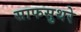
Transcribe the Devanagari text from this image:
साफसुथरे